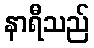
နာရီသည်